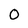
Character: 0